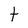
Character: t